King Institute of Preventive Medicine Micro-Biological Section reports 1909-11
Year: 1909
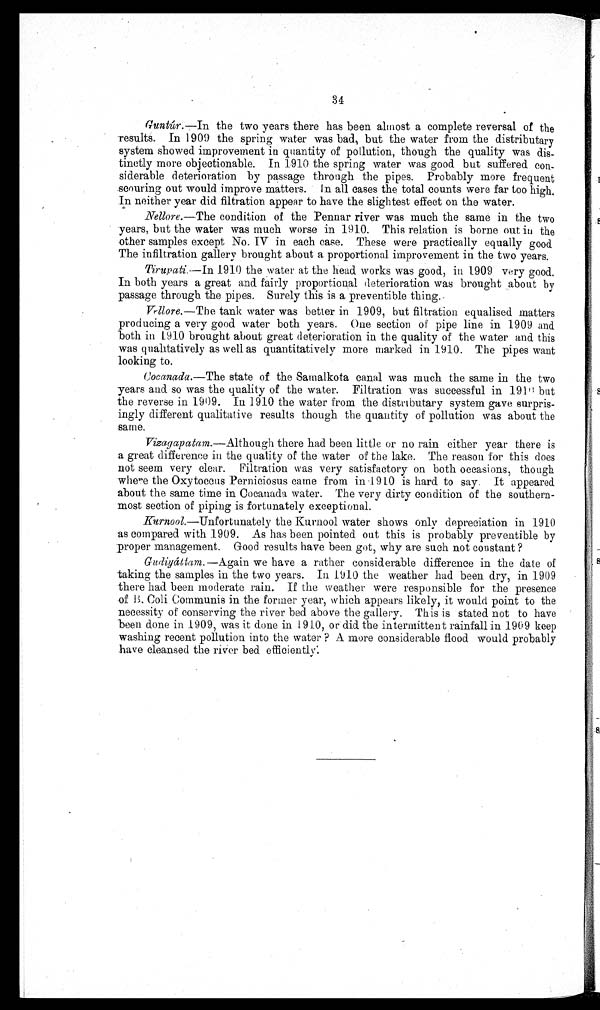
34
Guntúr.—In the two years there has been almost a complete reversal of the
results. In 1909 the spring water was bad, but the water from the distributar
y system showed improvement in quantity of pollution, though the quality was dis
-tinctly more objectionable. In 1910 the spring water was good but suffered con
- s i d e r a b l e d e t e r i o r a t i o n b y p a s s a g e t h r o u g h t h e p i p e s . P r o b a b l y m o r e f r e q u e n t
scouring out would improve matters. In all cases the total counts were far too high.
In neither year did filtration appear to have the slightest effect on the water.
Nellore. —The condition of the Pennar river was much the same in the two
years, but the water was much worse in 1910. This relation is borne out in the
other samples except No. IV in each case. These were practically equally good.
The infiltration gallery brought about a proportional improvement in the two years.
Tirupati.—In 1910 the water at the head works was good, in 1909 very good.
In both years a great and fairly proportional deterioration was brought about by
passage through the pipes. Surely this is a preventible thing.
Vellore.— The tank water was better in 1909, but filtration equalised matters
producing a very good water both years. One section of pipe line in 1909 and
both in 1910 brought about great deterioration in the quality of the water and this
was qualitatively as well as quantitatively more marked in 1910. The pipes want
looking to.
Cocanada.— T h e s t a t e o f t h e S a m a l k o t a c a n a l w a s m u c h t h e s a m e i n t h e t w o
years and so was the quality of the water. Filtration vas successful in 1910 but
the reverse in 1909. In 1910 the water from the distributary system gave surpris--
ingly different qualitative results though the quantity of pollution was about the
same.
Vizagapatam .—Although there had been little or no rain either year there is
a great difference in the quality of the water of the lake. The reason for this does
not seem very clear. Filtration was very satisfactory on both occasions, though
where the Oxytoccus Perniciosus came from in 1910 is hard to say. It appeared
about the same time in Cocanada water. The very dirty condition of the southern
- m o s t s e c t i o n o f p i p i n g i s f o r t u n a t e l y e x c e p t i o n a l .
Kurnool. —Unfortunately the Kurnool water shows only depreciation in 1910
as compared with 1909. As has been pointed out this is probably preventible by
proper management. Good results have been got, why are such not constant ?
Gudiyáttam.— Again we have a rather considerable difference in the date of
taking the samples in the two years. In 1910 the weather had been dry, in 1909
- there had been moderate rain. If the weather were responsible for the presence
of B. Coli Communis in the former year, which appears likely, it would point to the
necessity of conserving the river bed above the gallery. This is stated not to have
been done in 1909, was it done in 1910, or did the intermittent rainfall in 1909 keep
washing recent pollution into the water ? A more considerable flood would probably
have cleansed the river bed efficiently.